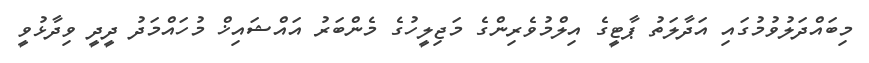
މިބައްދަލުވުމުގައި އަދާލަތު ޕާޓީގެ އިލްމުވެރިންގެ މަޖިލީހުގެ މެންބަރު އައްޝައިޚް މުހައްމަދު ދީދީ ވިދާޅުވީ